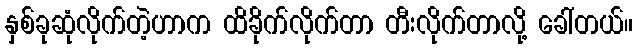
နှစ်ခုဆုံလိုက်တဲ့ဟာက ထိခိုက်လိုက်တာ တီးလိုက်တာလို့ ခေါ်တယ်။